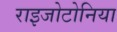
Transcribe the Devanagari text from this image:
राइजोटोनिया